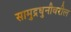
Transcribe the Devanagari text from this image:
सामुद्रधुनीवरील